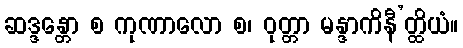
ဆဒ္ဒန္တော စ ကုဏာလော စ၊ ဝုတ္တာ မန္ဒာကိနီ’တ္ထိယံ။